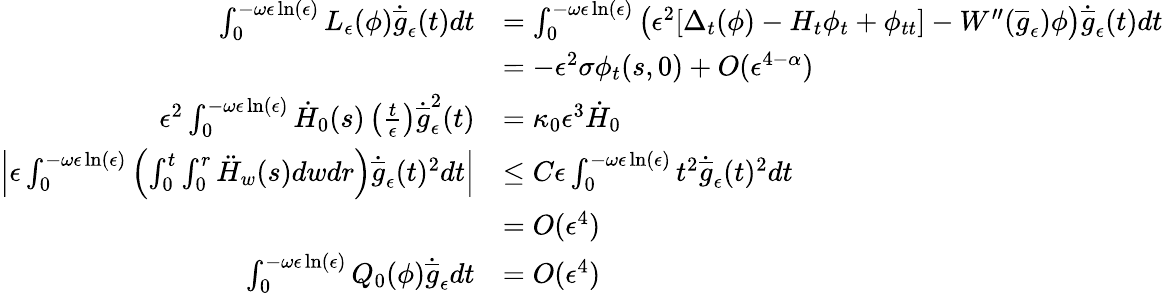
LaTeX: \begin{array}{rl}{\int_{0}^{-\omega\epsilon\ln(\epsilon)}L_{\epsilon}(\phi)\dot{\overline{{g}}}_{\epsilon}(t)dt}&{=\int_{0}^{-\omega\epsilon\ln(\epsilon)}\left(\epsilon^{2}[\Delta_{t}(\phi)-H_{t}\phi_{t}+\phi_{tt}]-W^{\prime\prime}(\overline{{g}}_{\epsilon})\phi\right)\dot{\overline{{g}}}_{\epsilon}(t)dt}\\ &{=-\epsilon^{2}\sigma\phi_{t}(s,0)+O(\epsilon^{4-\alpha})}\\ {\epsilon^{2}\int_{0}^{-\omega\epsilon\ln(\epsilon)}\dot{H}_{0}(s)\left(\frac{t}{\epsilon}\right)\dot{\overline{{g}}}_{\epsilon}^{2}(t)}&{=\kappa_{0}\epsilon^{3}\dot{H}_{0}}\\ {\Big|\epsilon\int_{0}^{-\omega\epsilon\ln(\epsilon)}\left(\int_{0}^{t}\int_{0}^{r}\ddot{H}_{w}(s)dwdr\right)\dot{\overline{{g}}}_{\epsilon}(t)^{2}dt\Big|}&{\leq C\epsilon\int_{0}^{-\omega\epsilon\ln(\epsilon)}t^{2}\dot{\overline{{g}}}_{\epsilon}(t)^{2}dt}\\ &{=O(\epsilon^{4})}\\ {\int_{0}^{-\omega\epsilon\ln(\epsilon)}Q_{0}(\phi)\dot{\overline{{g}}}_{\epsilon}dt}&{=O(\epsilon^{4})}\end{array}